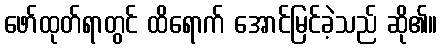
ဖော်ထုတ်ရာတွင် ထိရောက် အောင်မြင်ခဲ့သည် ဆို၏။